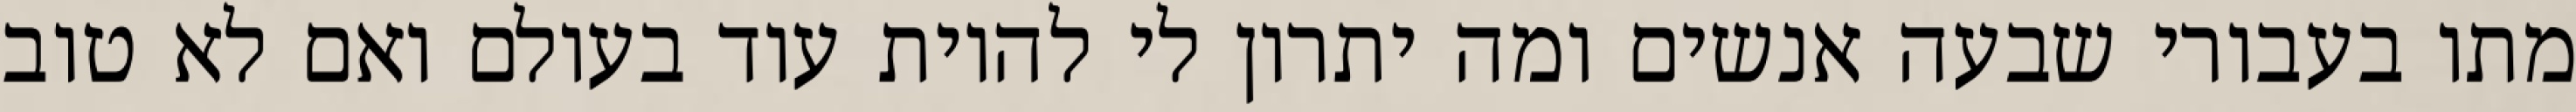
מתו בעבורי שבעה אנשים ומה יתרון לי להיות עוד בעולם ואם לא טוב